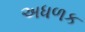
અધળક